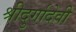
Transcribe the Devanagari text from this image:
श्रीदुर्गादेवी